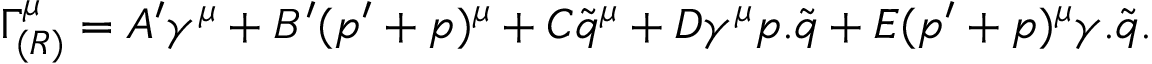
\Gamma _ { ( R ) } ^ { \mu } = A ^ { \prime } \gamma ^ { \mu } + B ^ { \prime } ( p ^ { \prime } + p ) ^ { \mu } + C \tilde { q } ^ { \mu } + D \gamma ^ { \mu } p . \tilde { q } + E ( p ^ { \prime } + p ) ^ { \mu } \gamma . \tilde { q } .